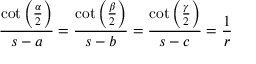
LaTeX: { \frac { \cot \left( { \frac { \alpha } { 2 } } \right) } { s - a } } = { \frac { \cot \left( { \frac { \beta } { 2 } } \right) } { s - b } } = { \frac { \cot \left( { \frac { \gamma } { 2 } } \right) } { s - c } } = { \frac { 1 } { r } }